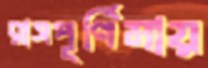
রাসপূর্ণিমায়